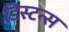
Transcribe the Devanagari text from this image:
डिस्टन्स